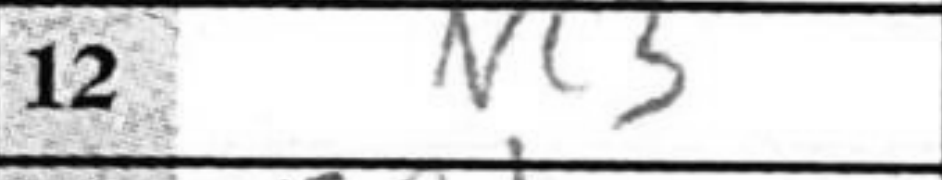
Transcription: Nc3